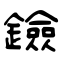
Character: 鐱